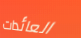
العائدات